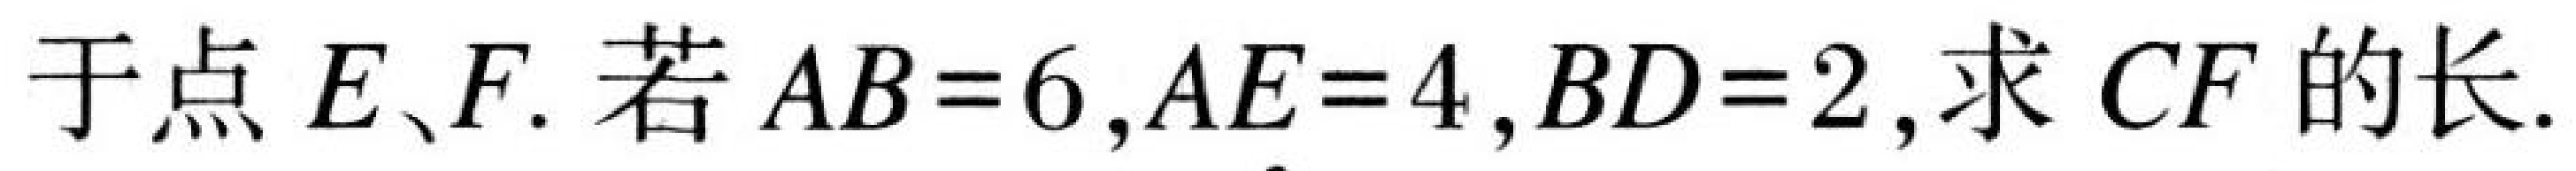
于点$E、F$. 若$AB = 6,AE = 4,BD = 2$,求$CF$的长.